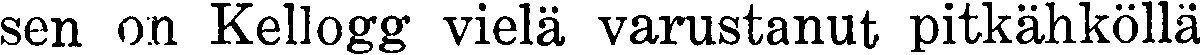
sen on Kellogg vielä varustanut pitkähköllä